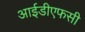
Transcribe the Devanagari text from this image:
आईडीएफसी